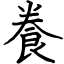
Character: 飬